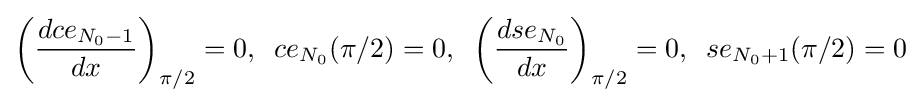
\left({\frac {dce_{N_{0}-1}}{dx}}\right)_{\pi /2}=0,\;\;ce_{N_{0}}(\pi /2)=0,\;\;\left({\frac {dse_{N_{0}}}{dx}}\right)_{\pi /2}=0,\;\;se_{N_{0}+1}(\pi /2)=0